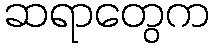
ဆရာတွေက